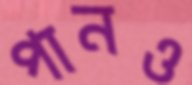
পানও